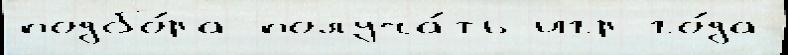
подбо́ра получа́ть игр го́да